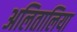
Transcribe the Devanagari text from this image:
अलितालिया